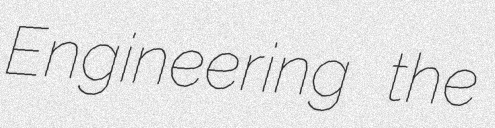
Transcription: Engineering the